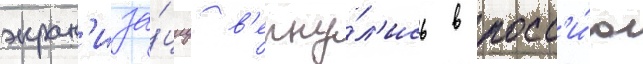
экран'иза́циу в'ерну́л'ись в росс'и́ю